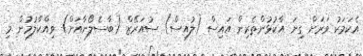
އެކަމަކު ވަރަށް ގިނަ އާކުޅުންތެރިން އައިސް (ލުއިސް) ސުއަރޭޒް (ބާސެލޯނާއަށް) ވިއްކާލުމުން މި